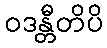
ဝဒန္တီတိပိ